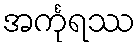
အင်္ကုရဿ